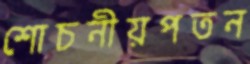
শোচনীয়পতন